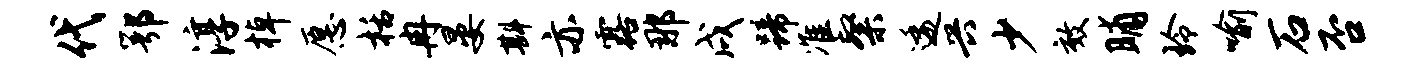
代鄂淳棹愿栝冉晏斟亦露那戌蹄准粲逶兴少效晡玲喻石否